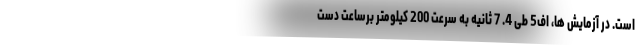
است. در آزمایش ها، اف5 طی 4. 7 ثانیه به سرعت 200 کیلومتر برساعت دست